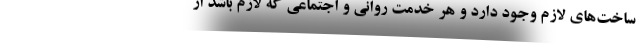
ساخت‌های لازم وجود دارد و هر خدمت روانی و اجتماعی که لازم باشد از